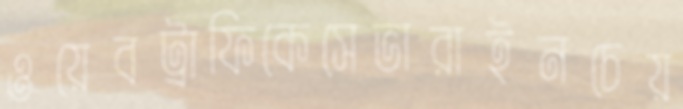
ওয়েবট্রাফিকেসেভারাইনচেয়